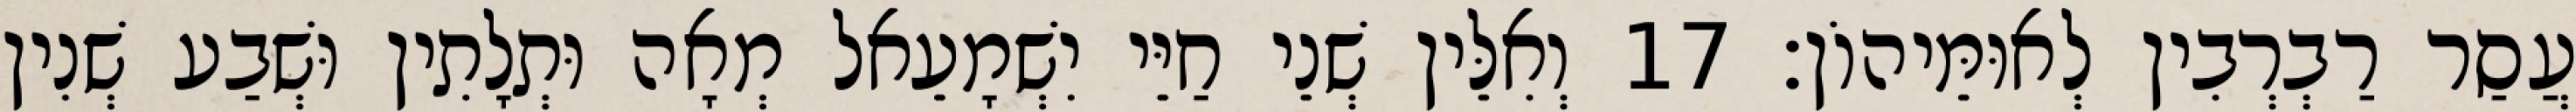
עֲסַר רַבְרְבִין לְאוּמֵּיהוֹן׃ 17 וְאִלֵּין שְׁנֵי חַיֵּי יִשְׁמָעֵאל מְאָה וּתְלָתִין וּשְׁבַע שְׁנִין